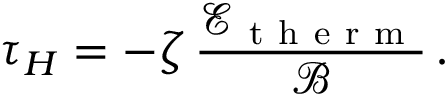
\tau _ { H } = - \zeta \, \frac { \mathcal { E } _ { \mathrm { ~ t ~ h ~ e ~ r ~ m ~ } } } { \mathcal { B } } \, .